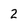
Character: 2